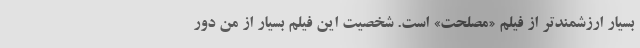
بسیار ارزشمندتر از فیلم «مصلحت» است. شخصیت این فیلم بسیار از من دور